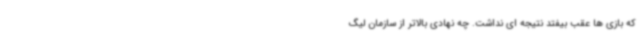
که بازی ها عقب بیفتد نتیجه ای نداشت. چه نهادی بالاتر از سازمان لیگ